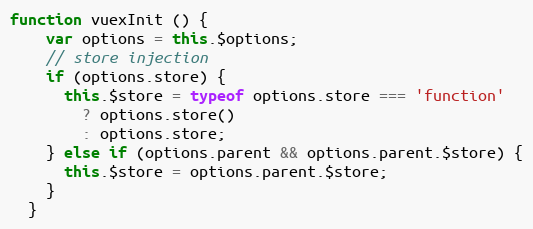
Language: JavaScript
function vuexInit () {
    var options = this.$options;
    // store injection
    if (options.store) {
      this.$store = typeof options.store === 'function'
        ? options.store()
        : options.store;
    } else if (options.parent && options.parent.$store) {
      this.$store = options.parent.$store;
    }
  }